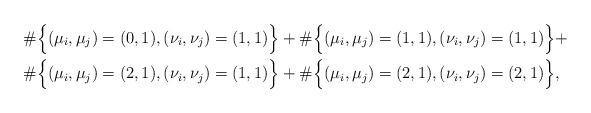
LaTeX: \begin{align*}&\#\Big\{ (\mu_i,\mu_j) = (0,1), (\nu_i,\nu_j) = (1,1) \Big\} +\#\Big\{ (\mu_i,\mu_j) = (1,1), (\nu_i,\nu_j) = (1,1) \Big\}+\\&\#\Big\{ (\mu_i,\mu_j) = (2,1), (\nu_i,\nu_j) = (1,1) \Big\}+\#\Big\{ (\mu_i,\mu_j) = (2,1), (\nu_i,\nu_j) = (2,1) \Big\},\end{align*}